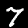
Label: 7